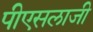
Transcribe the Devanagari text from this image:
पीएसलाजी